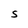
Character: S